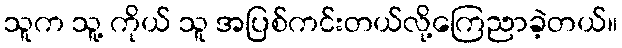
သူက သူ့ ကိုယ် သူ အပြစ်ကင်းတယ်လို့ကြေညာခဲ့တယ်။